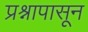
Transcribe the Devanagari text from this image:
प्रश्नापासून